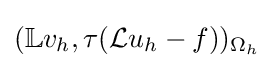
(\mathbb {L} v_{h},\tau ({\mathcal {L}}u_{h}-f))_{\Omega _{h}}